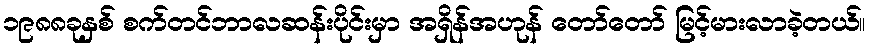
၁၉၈၈ခုနှစ် စက်တင်ဘာလဆန်းပိုင်းမှာ အရှိန်အဟုန် တော်တော် မြင့်မားလာခဲ့တယ်။